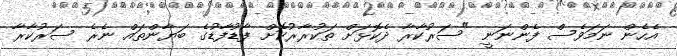
އެހެން ނަމަވެސް ފެންނަނީ "ސަރުކާރާ ދެކޮޅަށް ތަކުރާރުކޮށް ފާޑުފާޑުގެ ބަޔާންތައް ނެރެ ސަރުކާރާ